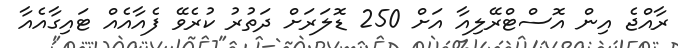
ރާއްޖެ އިން އޮސްޓްރޭލިއާ އަށް 250 ޑޮލަރަށް ދަތުރު ކުރެވޭ ފެއާއެއް ޓައިގާއެއާ